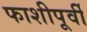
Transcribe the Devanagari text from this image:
फाशीपूर्वी